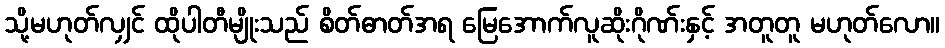
သို့မဟုတ်လျှင် ထိုပါတီမျိုးသည် စိတ်ဓာတ်အရ မြေအောက်လူဆိုးဂိုဏ်းနှင့် အတူတူ မဟုတ်လော။